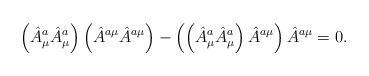
\begin{align*}\left (\hat A^a_\mu \hat A^a_\mu\right )\left (\hat A^{a\mu} \hat A^{a\mu}\right ) - \left ( \left ( \hat A^a_\mu \hat A^a_\mu \right ) \hat A^{a\mu}\right ) \hat A^{a\mu} = 0 . \end{align*}